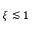
\xi \lesssim 1